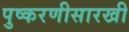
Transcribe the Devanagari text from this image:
पुष्करणीसारखी